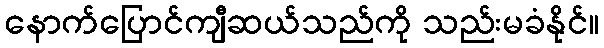
နောက်ပြောင်ကျီဆယ်သည်ကို သည်းမခံနိုင်။